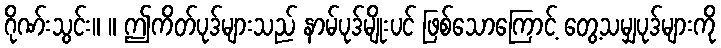
ဂိုဏ်းသွင်း။ ။ ဤကိတ်ပုဒ်များသည် နာမ်ပုဒ်မျိုးပင် ဖြစ်သောကြောင့် တွေ့သမျှပုဒ်များကို